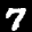
Label: 7